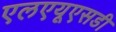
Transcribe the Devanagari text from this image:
एलएयूएसडी